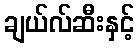
ချယ်လ်ဆီးနှင့်